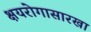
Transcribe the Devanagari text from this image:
क्षयरोगासारखा